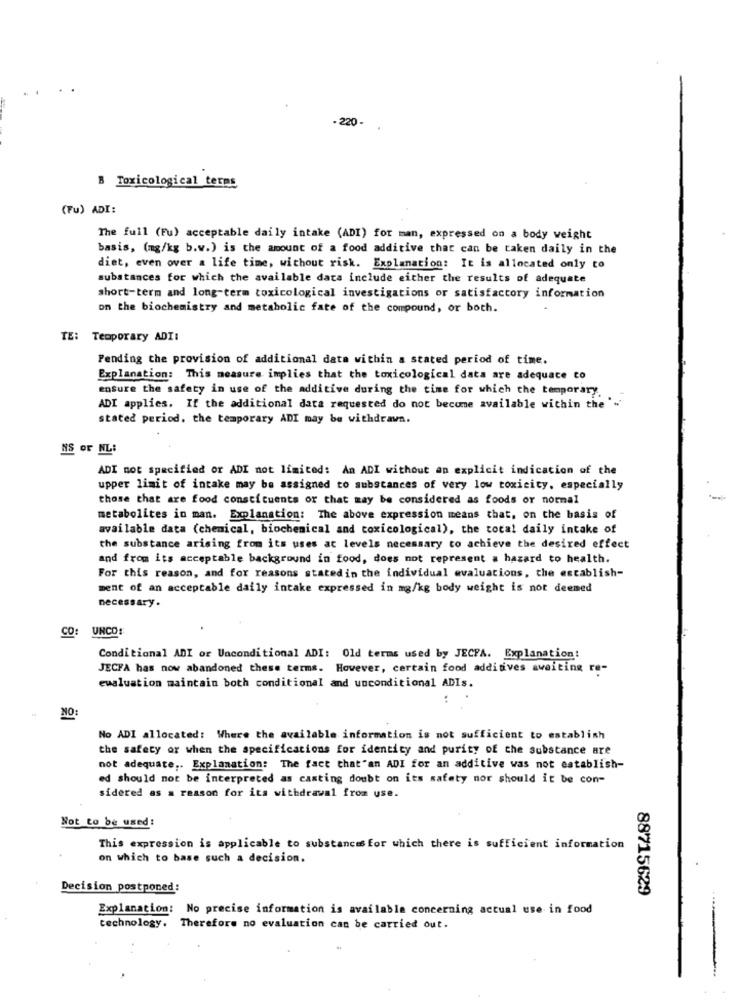
220
B Toxicological terms
(Fu) ADI:
The full (Fu) acceptable daily intake (ADI) for man, expressed on a body weight
basis, (mg/kg b.w.) is the amount of a food additive that can be taken daily in the
diet, even over a life time, without risk. Explanation: It is allocated only to
substances for which the available data include either the results of adequate
short-term and long-term toxicological investigations or satisfactory information
on the biochemistry and metabolic fate of the compound, or both.
TE: Temporary ADI:
Pending the provision of additional data within a stated period of time.
Explanation: This measure implies that the toxicological data are adequate to
ensure the safety in use of the additive during the time for which the temporary.
ADI applies. If the additional data requested do not become available within the''
stated period. the temporary ADI may be withdrawn.
NS or NL:
ADI not specified or ADI not limited: An ADI without an explicit indication of the
upper limit of intake may be assigned to substances of very low toxicity, especially
those that are food constituents or that may be considered as foods or normal
metabolites in man. Explanation: The above expression means that, on the basis of
available data (chemical, biochemical and toxicological), the total daily intake of
the substance arising from its uses at levels necessary to achieve the desired effect
and from its acceptable background in food, does not represent a hazard to health.
For this reason, and for reasons statedin the individual evaluations, the establish-
ment of an acceptable daily intake expressed in mg/kg body weight is not deemed
necessary.
UNCO
CO
Conditional ADI or Unconditional ADI: Old terms used by JECFA. Explanation:
JECFA has now abandoned these terms. However, certain food additives awaiting re-
evaluation maintain both conditional and unconditional ADIs.
NO:
No ADI allocated: Where the available information is not sufficient to establish
the safety or when the specifications for identity and purity of the substance are
not adequate ,. Explanation: The fact that"an ADI for an additive was not establish-
ed should not be interpreted as casting doubt on its safety nor should it be con-
sidered as a reason for its withdrawal from use.
Not to be used:
This expression is applicable to substances for which there is sufficient information
on which to base such a decision.
Decision postponed:
88715629
Explanation: No precise information is available concerning actual use in food
technology. Therefore no evaluation can be carried out.